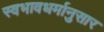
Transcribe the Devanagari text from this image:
स्वभावधर्मानुसार